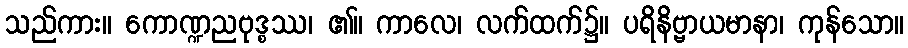
သည်ကား။ ကောဏ္ဍညဗုဒ္စဿ၊ ၏။ ကာလေ၊ လက်ထက်၌။ ပရိနိဗ္ဗာယမာနာ၊ ကုန်သော။